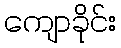
ကျောခိုင်း